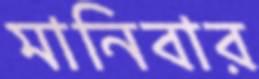
মানিবার